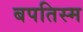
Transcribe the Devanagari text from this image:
बपतिस्म